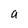
Character: a